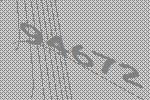
94672